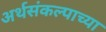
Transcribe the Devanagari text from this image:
अर्थसंकल्पाच्या